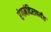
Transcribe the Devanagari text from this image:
रंगमंदिरापर्यंत